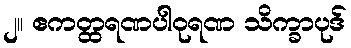
၂။ ဧကတ္ထရဏပါဝုရဏ သိက္ခာပုဒ်